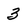
Character: 3